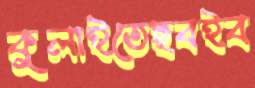
কুলাইতেছবইব